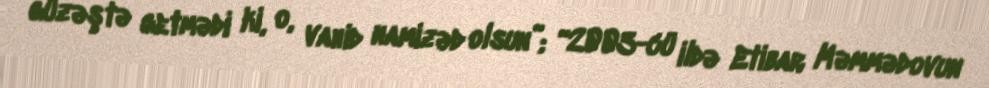
güzəştə getmədi ki, o, vahid namizəd olsun”; “2003-cü ildə Etibar Məmmədovun